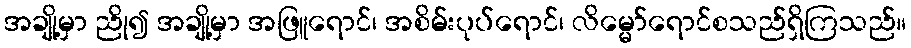
အချို့မှာ ညို၍ အချို့မှာ အဖြူရောင်၊ အစိမ်းပုပ်ရောင်၊ လိမ္မော်ရောင်စသည်ရှိကြသည်။